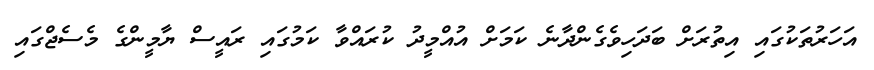
އަހަރުތަކުގައި އިތުރަށް ބަދަހިވެގެންދާނެ ކަމަށް އުއްމީދު ކުރައްވާ ކަމުގައި ރައީސް ޔާމީންގެ މެސެޖްގައި